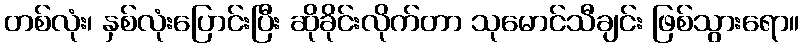
တစ်လုံး၊ နှစ်လုံးပြောင်းပြီး ဆိုခိုင်းလိုက်တာ သုမောင်သီချင်း ဖြစ်သွားရော။